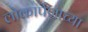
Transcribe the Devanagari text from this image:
लोकार्पणाच्या